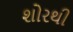
શોરથી